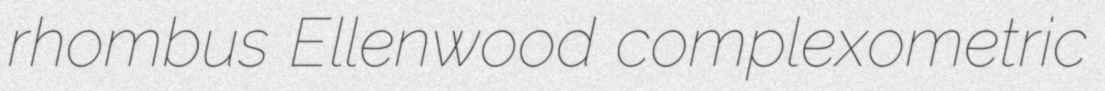
rhombus Ellenwood complexometric